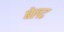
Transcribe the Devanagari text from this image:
बेलट